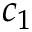
c _ { 1 }